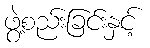
ဖွဲ့စည်းခြင်းနှင့်